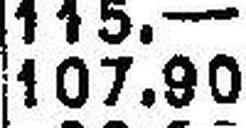
107.80